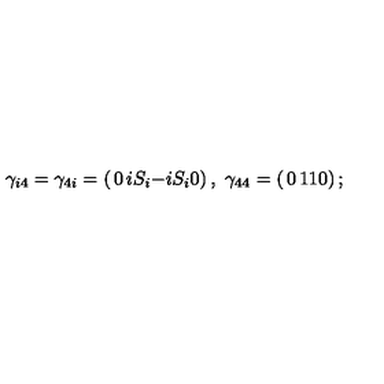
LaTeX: \gamma _ { i 4 } = \gamma _ { 4 i } = \left( \begin{matrix} { 0 } & { i S _ { i } } \\ { - i S _ { i } } & { 0 } \\ \end{matrix} \right) , \ \gamma _ { 4 4 } = \left( \begin{matrix} { 0 } & { 1 } \\ { 1 } & { 0 } \\ \end{matrix} \right) ;